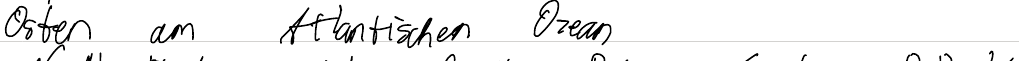
Osten am Atlantischen Ozean